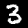
Digit: 3